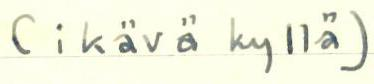
(ikävä kyllä)